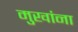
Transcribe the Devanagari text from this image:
मुखांना